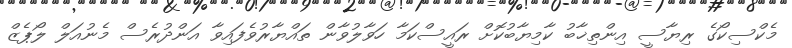
މެކްސިކޯގެ ރިޔާސީ އިންތިޚާބު ކާމިޔާބުކޮށް ރައީސްކަމާ ހަވާލުވާން ތައްޔާރުވެފައިވާ އަންދުރެސް މެނުއަލް ލޯޕެޒް